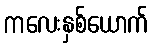
ကလေးနှစ်ယောက်